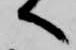
へ